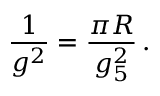
\frac { 1 } { g ^ { 2 } } = \frac { \pi R } { g _ { 5 } ^ { 2 } } \, .